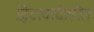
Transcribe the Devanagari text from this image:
ट्विटरवरदेखील